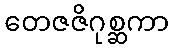
တေဇဇိဂုစ္ဆကာ